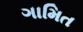
ગામિત